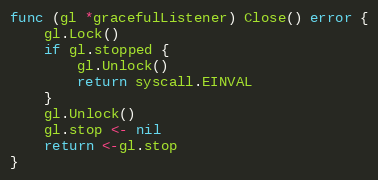
Language: Go
func (gl *gracefulListener) Close() error {
	gl.Lock()
	if gl.stopped {
		gl.Unlock()
		return syscall.EINVAL
	}
	gl.Unlock()
	gl.stop <- nil
	return <-gl.stop
}